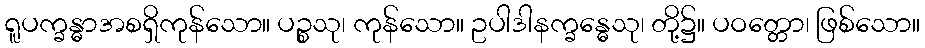
ရူပက္ခန္ဓာအစရှိကုန်သော။ ပဉ္စသု၊ ကုန်သော။ ဥပါဒါနက္ခန္ဓေသု၊ တို့၌။ ပဝတ္တော၊ ဖြစ်သော။